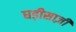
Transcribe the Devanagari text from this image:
घड़ीसाज़ी